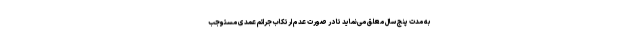
به مدت پنج سال معلق می‌نماید تا در صورت عدم ارتکاب جرائم عمدی مستوجب